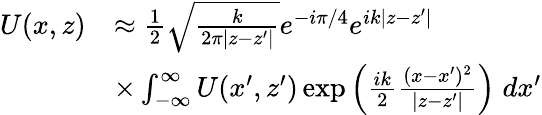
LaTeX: \begin{array}{rl}{U(x,z)}&{\approx\frac{1}{2}\sqrt{\frac{k}{2\pi|z-z^{\prime}|}}e^{-i\pi/4}e^{ik|z-z^{\prime}|}}\\ &{\times\int_{-\infty}^{\infty}U(x^{\prime},z^{\prime})\exp\left(\frac{ik}{2}\frac{(x-x^{\prime})^{2}}{|z-z^{\prime}|}\right)\; d{x^{\prime}}}\end{array}